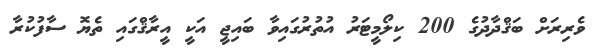
ވެރިރަށް ބަޤްދާދުގެ 200 ކިލޯމީޓަރު އުތުރުގައިވާ ބައިޖީ އަކީ އީރާޤްގައި ތެޔޮ ސާފުކުރާ